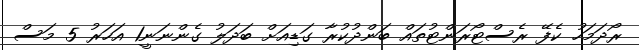
ރޯދަމަހު ކެފޭ ރެސްޓޯރަންޓުތައް ބަންދުކުރާ ގަޑިއަށް ބަދަލު ގެންނަނީ1 އަހަރު 5 މަސް